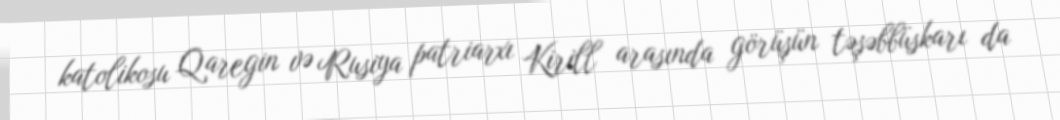
katolikosu Qaregin və Rusiya patriarxı Kirill arasında görüşün təşəbbüskarı da